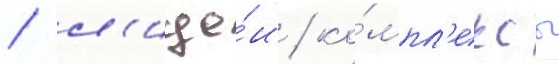
/ л'ице́и / ко́мпл'ексы